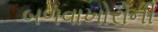
બળવાખોરોની